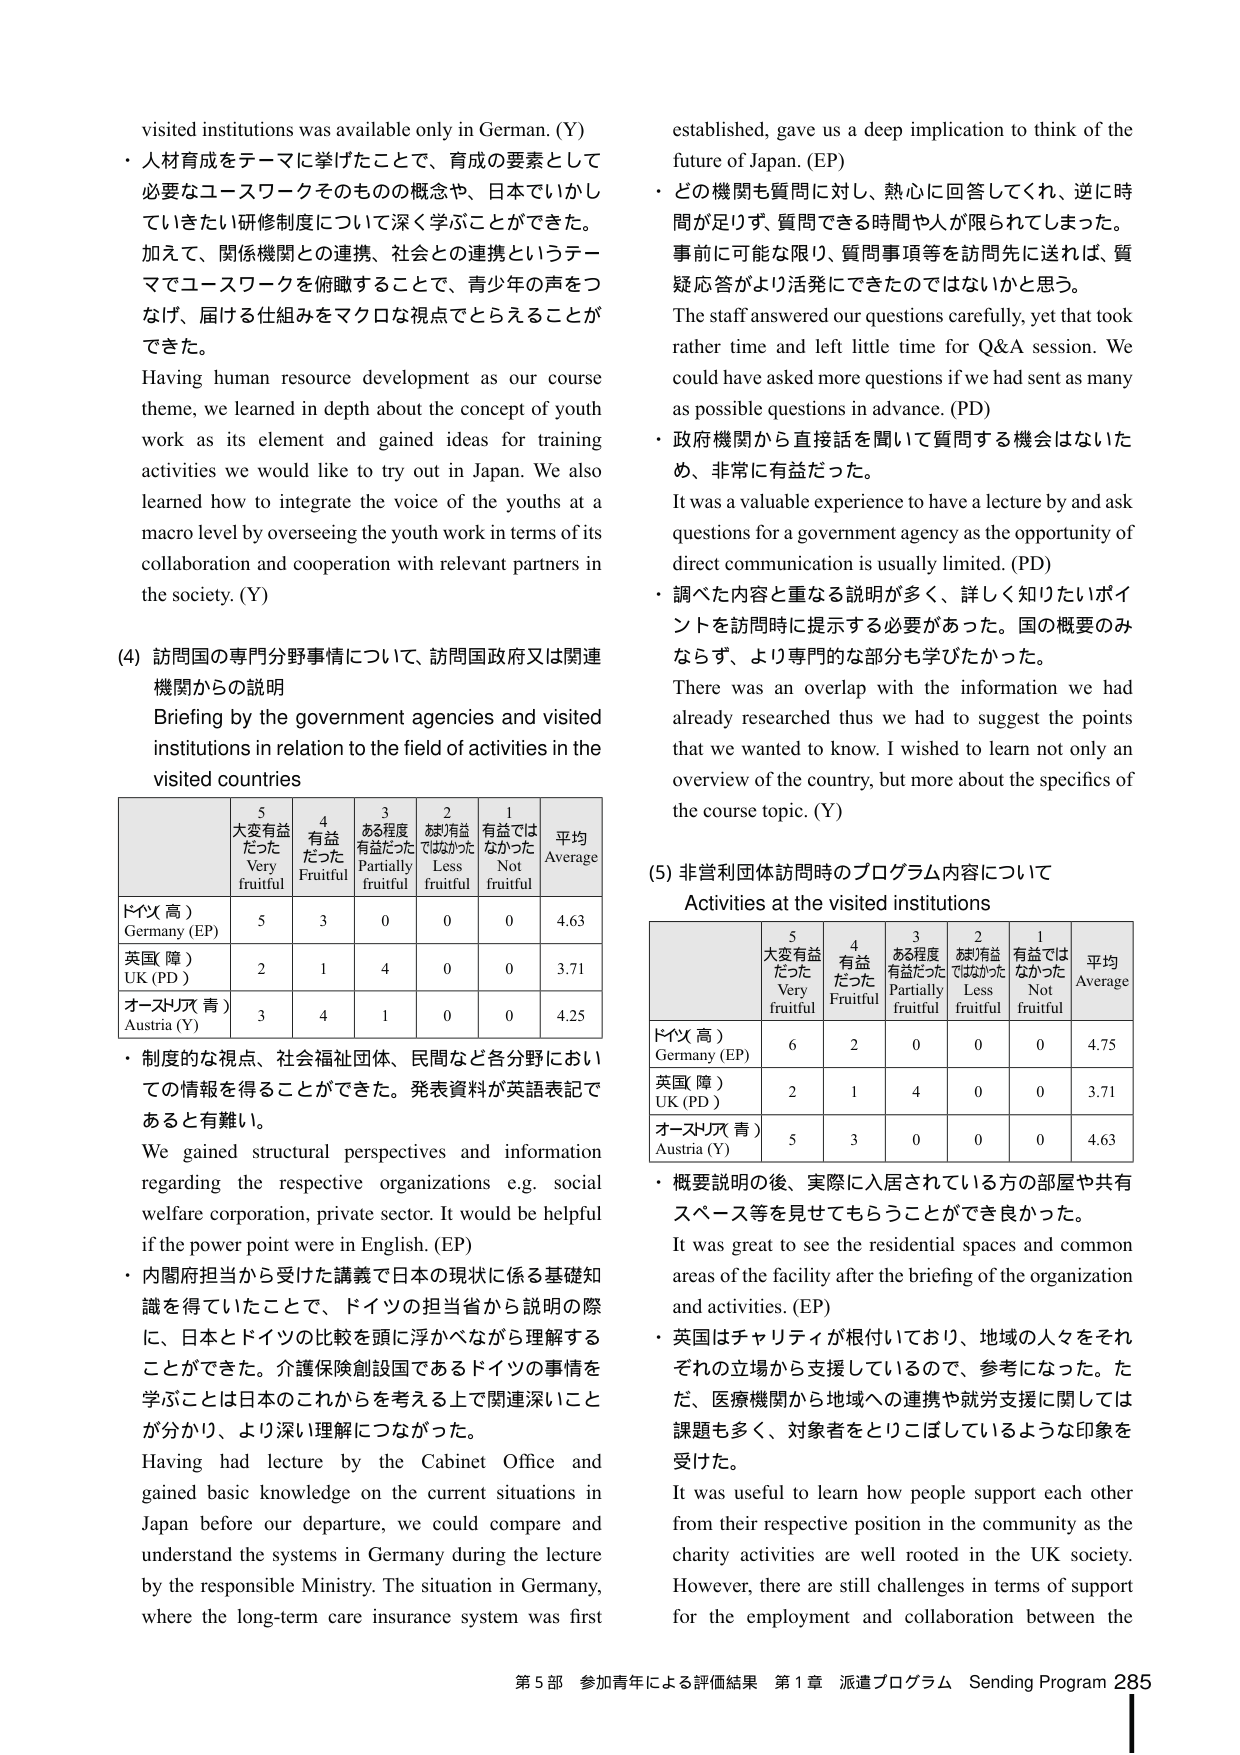
visited institutions was available only in German. (Y)
・人材育成をテーマに挙げたことで、育成の要素として必要なユースワークそのものの概念や、日本でいかしていきたい研修制度について深く学ぶことができた。
加えて、関係機関との連携、社会との連携というテーマでユースワークを俯瞰することで、青少年の声をつなげ、届ける仕組みをマクロな視点でとらえることができた。
Having human resource development as our course theme, we learned in depth about the concept of youth work as its element and gained ideas for training activities we would like to try out in Japan. We also learned how to integrate the voice of the youths at a macro level by overseeing the youth work in terms of its collaboration and cooperation with relevant partners in the society. (Y)

(4) 訪問国の専門分野事情について、訪問国政府又は関連機関からの説明
Briefing by the government agencies and visited institutions in relation to the field of activities in the visited countries

| | 5 大変有益だった Very fruitful | 4 有益だった Fruitful | 3 ある程度有益だった Partially fruitful | 2 あまり有益ではなかった Less fruitful | 1 有益ではなかった Not fruitful | 平均 Average |
|---|---|---|---|---|---|---|
| ドイツ（高） Germany (EP) | 5 | 3 | 0 | 0 | 0 | 4.63 |
| 英国（障） UK (PD) | 2 | 1 | 4 | 0 | 0 | 3.71 |
| オーストリア（青） Austria (Y) | 3 | 4 | 1 | 0 | 0 | 4.25 |

・制度的な視点、社会福祉団体、民間など各分野においての情報を得ることができた。発表資料が英語表記であると有難い。
We gained structural perspectives and information regarding the respective organizations e.g. social welfare corporation, private sector. It would be helpful if the power point were in English. (EP)
・内閣府担当から受けた講義で日本の現状に係る基礎知識を得ていたことで、ドイツの担当省から説明の際に、日本とドイツの比較を頭に浮かべながら理解することができた。介護保険創設国であるドイツの事情を学ぶことは日本のこれからを考える上で関連深いことが分かり、より深い理解につながった。
Having had lecture by the Cabinet Office and gained basic knowledge on the current situations in Japan before our departure, we could compare and understand the systems in Germany during the lecture by the responsible Ministry. The situation in Germany, where the long-term care insurance system was first

established, gave us a deep implication to think of the future of Japan. (EP)
・どの機関も質問に対し、熱心に回答してくれ、逆に時間が足りず、質問できる時間や人が限られてしまった。事前に可能な限り、質問事項等を訪問先に送れば、質疑応答がより活発にできたのではないかと思う。
The staff answered our questions carefully, yet that took rather time and left little time for Q&A session. We could have asked more questions if we had sent as many as possible questions in advance. (PD)
・政府機関から直接話を聞いて質問する機会はないため、非常に有益だった。
It was a valuable experience to have a lecture by and ask questions for a government agency as the opportunity of direct communication is usually limited. (PD)
・調べた内容と重なる説明が多く、詳しく知りたいポイントを訪問時に提示する必要があった。国の概要のみならず、より専門的な部分も学びたかった。
There was an overlap with the information we had already researched thus we had to suggest the points that we wanted to know. I wished to learn not only an overview of the country, but more about the specifics of the course topic. (Y)

(5) 非営利団体訪問時のプログラム内容について
Activities at the visited institutions

| | 5 大変有益だった Very fruitful | 4 有益だった Fruitful | 3 ある程度有益だった Partially fruitful | 2 あまり有益ではなかった Less fruitful | 1 有益ではなかった Not fruitful | 平均 Average |
|---|---|---|---|---|---|---|
| ドイツ（高） Germany (EP) | 6 | 2 | 0 | 0 | 0 | 4.75 |
| 英国（障） UK (PD) | 2 | 1 | 4 | 0 | 0 | 3.71 |
| オーストリア（青） Austria (Y) | 5 | 3 | 0 | 0 | 0 | 4.63 |

・概要説明の後、実際に入居されている方の部屋や共有スペース等を見せてもらうことができ良かった。
It was great to see the residential spaces and common areas of the facility after the briefing of the organization and activities. (EP)
・英国はチャリティが根付いており、地域の人々をそれぞれの立場から支援しているので、参考になった。ただ、医療機関から地域への連携や就労支援に関しては課題も多く、対象者をとりこぼしているような印象を受けた。
It was useful to learn how people support each other from their respective position in the community as the charity activities are well rooted in the UK society. However, there are still challenges in terms of support for the employment and collaboration between the

第5部 参加青年による評価結果 第1章 派遣プログラム Sending Program 285